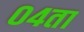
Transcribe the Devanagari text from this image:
०४ता